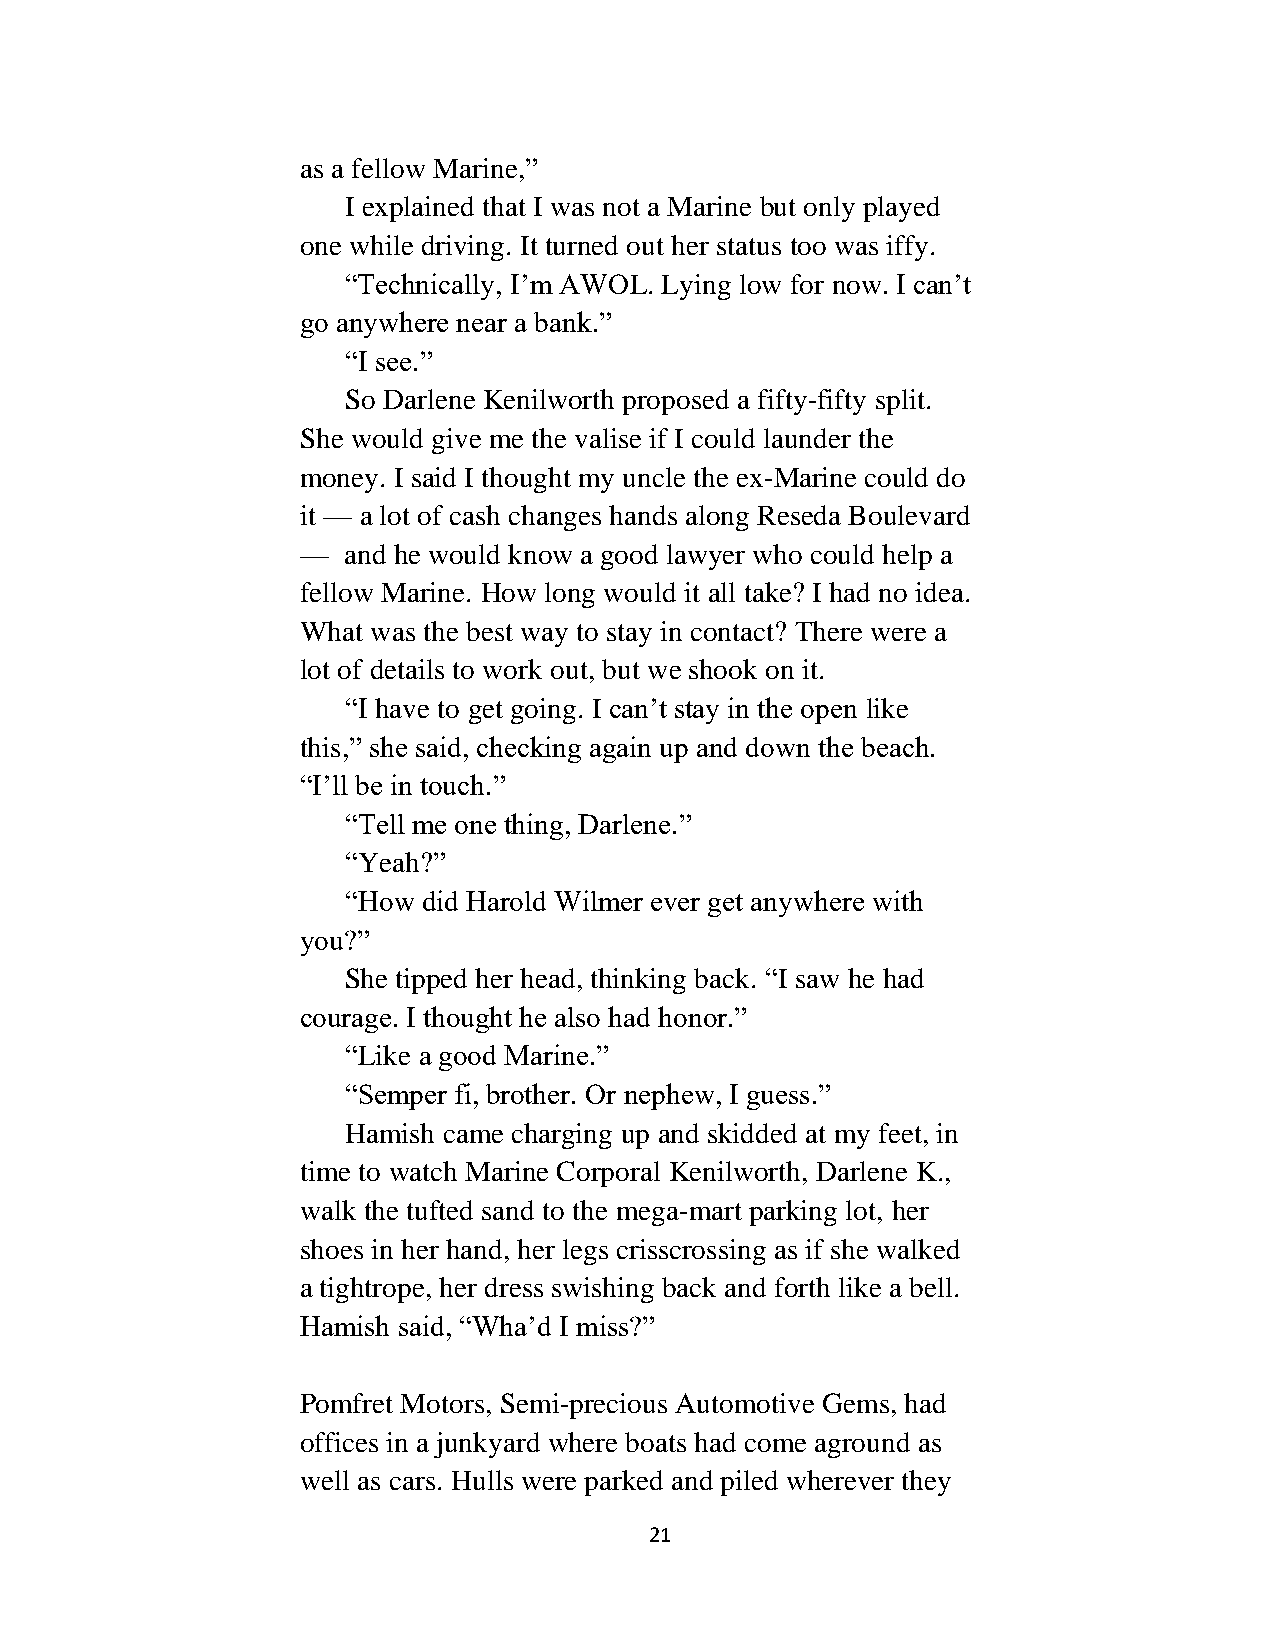
as a fellow Marine,”
 I explained that I was not a Marine but only played
 one while driving. It turned out her status too was iffy.
 “Technically, I’m AWOL. Lying low for now. I can’t
 go anywhere near a bank.”
 “I see.”
 So Darlene Kenilworth proposed a fifty-fifty split.
 She would give me the valise if I could launder the
 money. I said I thought my uncle the ex-Marine could do
 it — a lot of cash changes hands along Reseda Boulevard
 —  and he would know a good lawyer who could help a
 fellow Marine. How long would it all take? I had no idea.
 What was the best way to stay in contact? There were a
 lot of details to work out, but we shook on it.
 “I have to get going. I can’t stay in the open like
 this,” she said, checking again up and down the beach.
 “I’ll be in touch.”
 “Tell me one thing, Darlene.”
 “Yeah?”
 “How did Harold Wilmer ever get anywhere with
 you?”
 She tipped her head, thinking back. “I saw he had
 courage. I thought he also had honor.”
 “Like a good Marine.”
 “Semper fi, brother. Or nephew, I guess.”
 Hamish came charging up and skidded at my feet, in
 time to watch Marine Corporal Kenilworth, Darlene K.,
 walk the tufted sand to the mega-mart parking lot, her
 shoes in her hand, her legs crisscrossing as if she walked
 a tightrope, her dress swishing back and forth like a bell.
 Hamish said, “Wha’d I miss?”
 Pomfret Motors, Semi-precious Automotive Gems, had
 offices in a junkyard where boats had come aground as
 well as cars. Hulls were parked and piled wherever they
 21